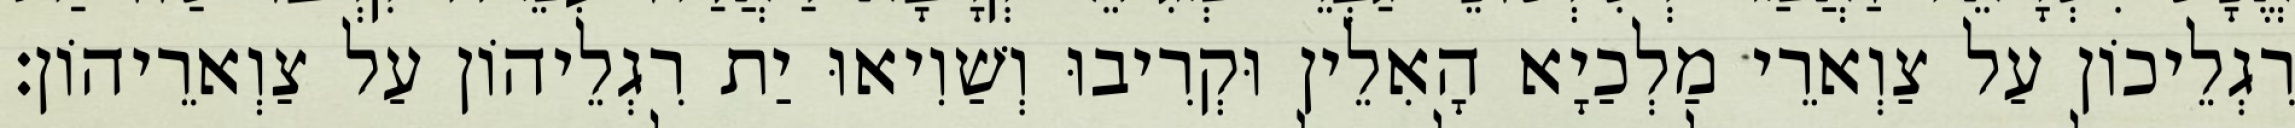
רִגְלֵיכוֹן עַל צַוְארֵי מַלְכַיָא הָאִלֵין וּקְרִיבוּ וְשַׁוִיאוּ יַת רִגְלֵיהוֹן עַל צַוְארֵיהוֹן׃